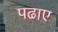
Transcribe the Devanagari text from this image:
पढाए